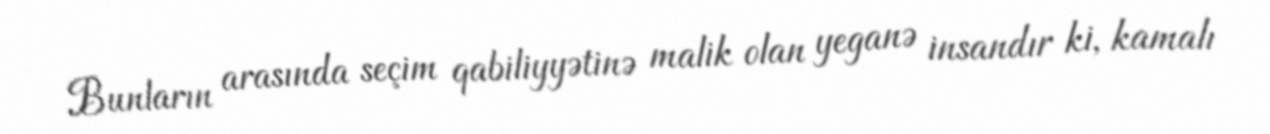
Bunların arasında seçim qabiliyyətinə malik olan yeganə insandır ki, kamalı